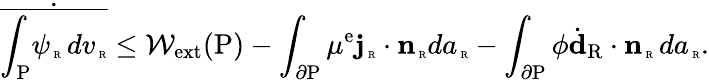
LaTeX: \dot{\overline{{\int_{\mathrm{P}}\! \psi_{\mathrm{\tiny~R}}\, dv_{\mathrm{\tiny~R}}}}}\le\mathcal{W}_{\mathrm{ext}}(\mathrm{P})-\int_{\partial\mathrm{P}}\mu^{\mathrm{e}}{\mathbf j}_{\mathrm{\tiny~R}}\cdot{\mathbf n}_{\mathrm{\tiny~R}}da_{\mathrm{\tiny~R}}-\int_{\partial\mathrm{P}}\phi\dot{\textbf{d}}_{\mathrm{R}}\cdot{\mathbf n}_{\mathrm{\tiny~R}}\, da_{\mathrm{\tiny~R}}.